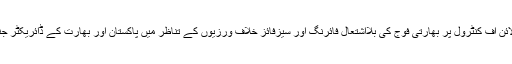
پاک فوج کے شعبہ تعلقات عامہ (آئی ایس پی آر) کے مطابق لائن آف کنٹرول پر بھارتی فوج کی بلااشتعال فائرنگ اور سیزفائز خلاف ورزیوں کے تناظر میں پاکستان اور بھارت کے ڈائریکٹر جنرل ملٹری آپریشنز (ڈی جی ایم اوز) کا ہاٹ لائن پر رابطہ ہوا۔